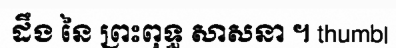
ដឹង នៃ ព្រះពុទ្ធ សាសនា ។ thumb|